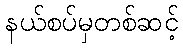
နယ်စပ်မှတစ်ဆင့်